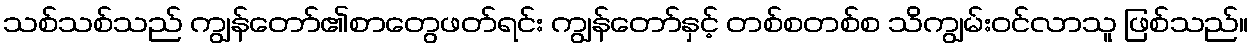
သစ်သစ်သည် ကျွန်တော်၏စာတွေဖတ်ရင်း ကျွန်တော်နှင့် တစ်စတစ်စ သိကျွမ်းဝင်လာသူ ဖြစ်သည်။